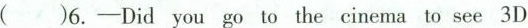
( )6.——Did you go to the cinema to see 3D